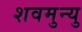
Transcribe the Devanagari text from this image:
शवमुन्यु